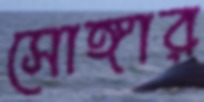
সোঙ্গার